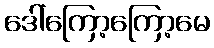
ဒေါ်ကြော့ကြော့မေ